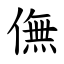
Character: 㒇